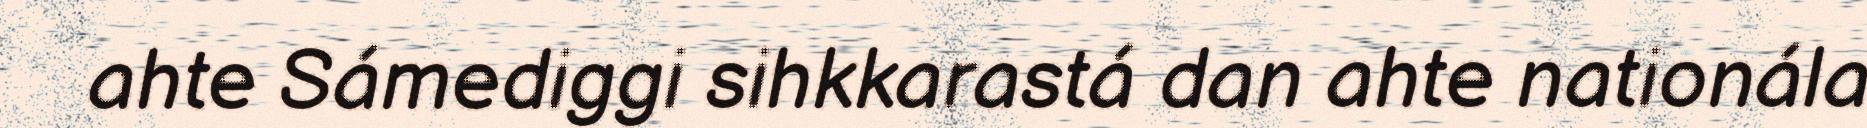
ahte Sámediggi sihkkarastá dan ahte nationála